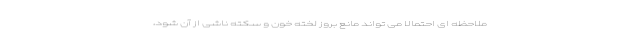
ملاحظه ای احتمالا می تواند مانع بروز لخته خون و سکته ناشی از آن شود،